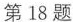
第18题